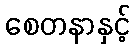
စေတနာနှင့်